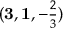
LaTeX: ( { \mathbf { 3 } } , \mathbf { 1 } , - \textstyle { \frac { 2 } { 3 } } )